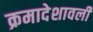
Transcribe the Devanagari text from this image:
क्रमादेशावली